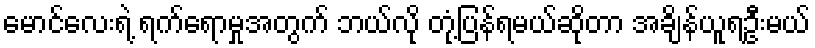
မောင်လေးရဲ့ ရက်ရောမှုအတွက် ဘယ်လို တုံ့ပြန်ရမယ်ဆိုတာ အချိန်ယူရဦးမယ်